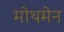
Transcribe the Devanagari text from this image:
मोथमेन